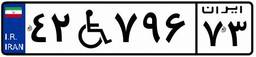
۳۴W۹۳۳۵۶